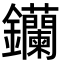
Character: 钄